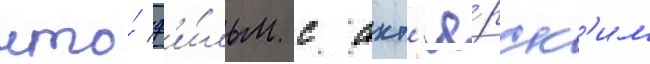
что́ ф'и́льм с акт'ё́рск'им